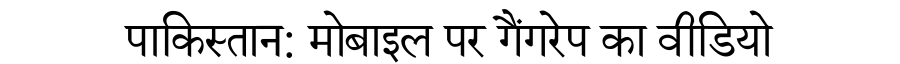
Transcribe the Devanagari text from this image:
पाकिस्तान: मोबाइल पर गैंगरेप का वीडियो